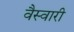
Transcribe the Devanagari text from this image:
वैस्वारी